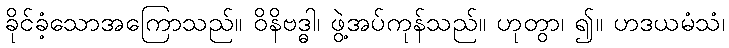
ခိုင်ခံ့သောအကြောသည်။ ဝိနိဗဒ္ဓါ၊ ဖွဲ့အပ်ကုန်သည်။ ဟုတွာ၊ ၍။ ဟဒယမံသံ၊